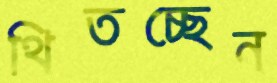
থিতচ্ছেন